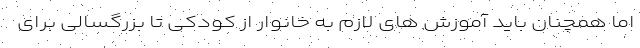
اما همچنان باید آموزش های لازم به خانوار از کودکی تا بزرگسالی برای